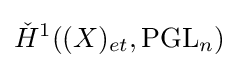
{\check {H}}^{1}((X)_{et},{\text{PGL}}_{n})